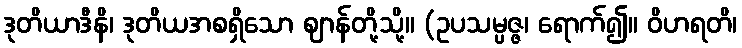
ဒုတိယာဒီနိ၊ ဒုတိယအစရှိသော ဈာန်တို့သို့။ (ဥပသမ္ပဇ္ဇ၊ ရောက်၍။ ဝိဟရတိ၊